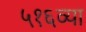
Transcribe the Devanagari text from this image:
५१६व्या